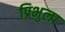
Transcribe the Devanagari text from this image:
प्रिभुला